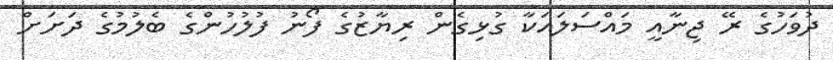
ދުވަހުގެ ރޭ ޖިނާއީ މައްސަލައަކާ ގުޅިގެން ރިޔާޒުގެ ފޯނު ފުލުހުންގެ ބެލުމުގެ ދަށަަށް